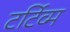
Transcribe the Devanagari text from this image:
टर्टिव्म